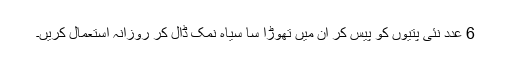
6 عدد نئی پتیوں کو پیس کر ان میں تھوڑا سا سیاہ نمک ڈال کر روزانہ استعمال کریں۔